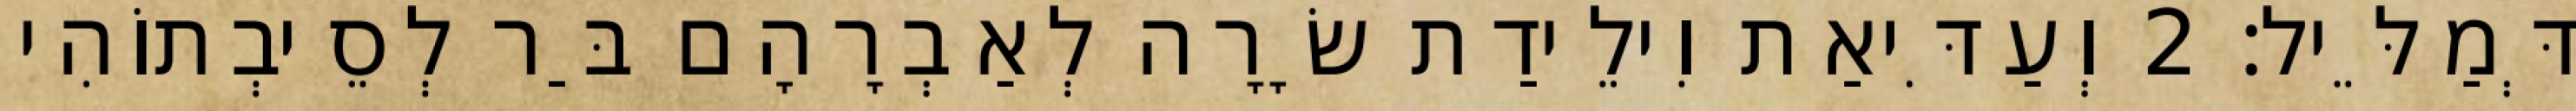
דְּמַלֵּיל׃ 2 וְעַדִּיאַת וִילֵידַת שָׂרָה לְאַבְרָהָם בַּר לְסֵיבְתוֹהִי